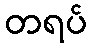
တရပ်